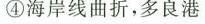
④海岸线曲折；多良港